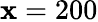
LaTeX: \mathbf{x}=200